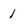
Character: 1